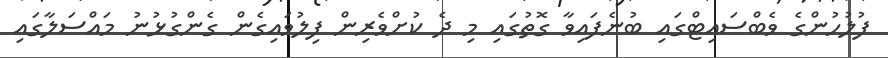
ފުލުހުންގެ ވެބްސައިޓްގައި ބުނެފައިވާ ގޮތުގައި މި ދެ ކުށްވެރިން ފިލުވައިގެން ގެންގުޅުނު މައްސަލާގައި